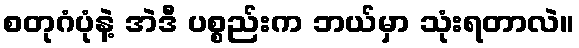
စတုဂံပုံနဲ့ အဲဒီ ပစ္စည်းက ဘယ်မှာ သုံးရတာလဲ။